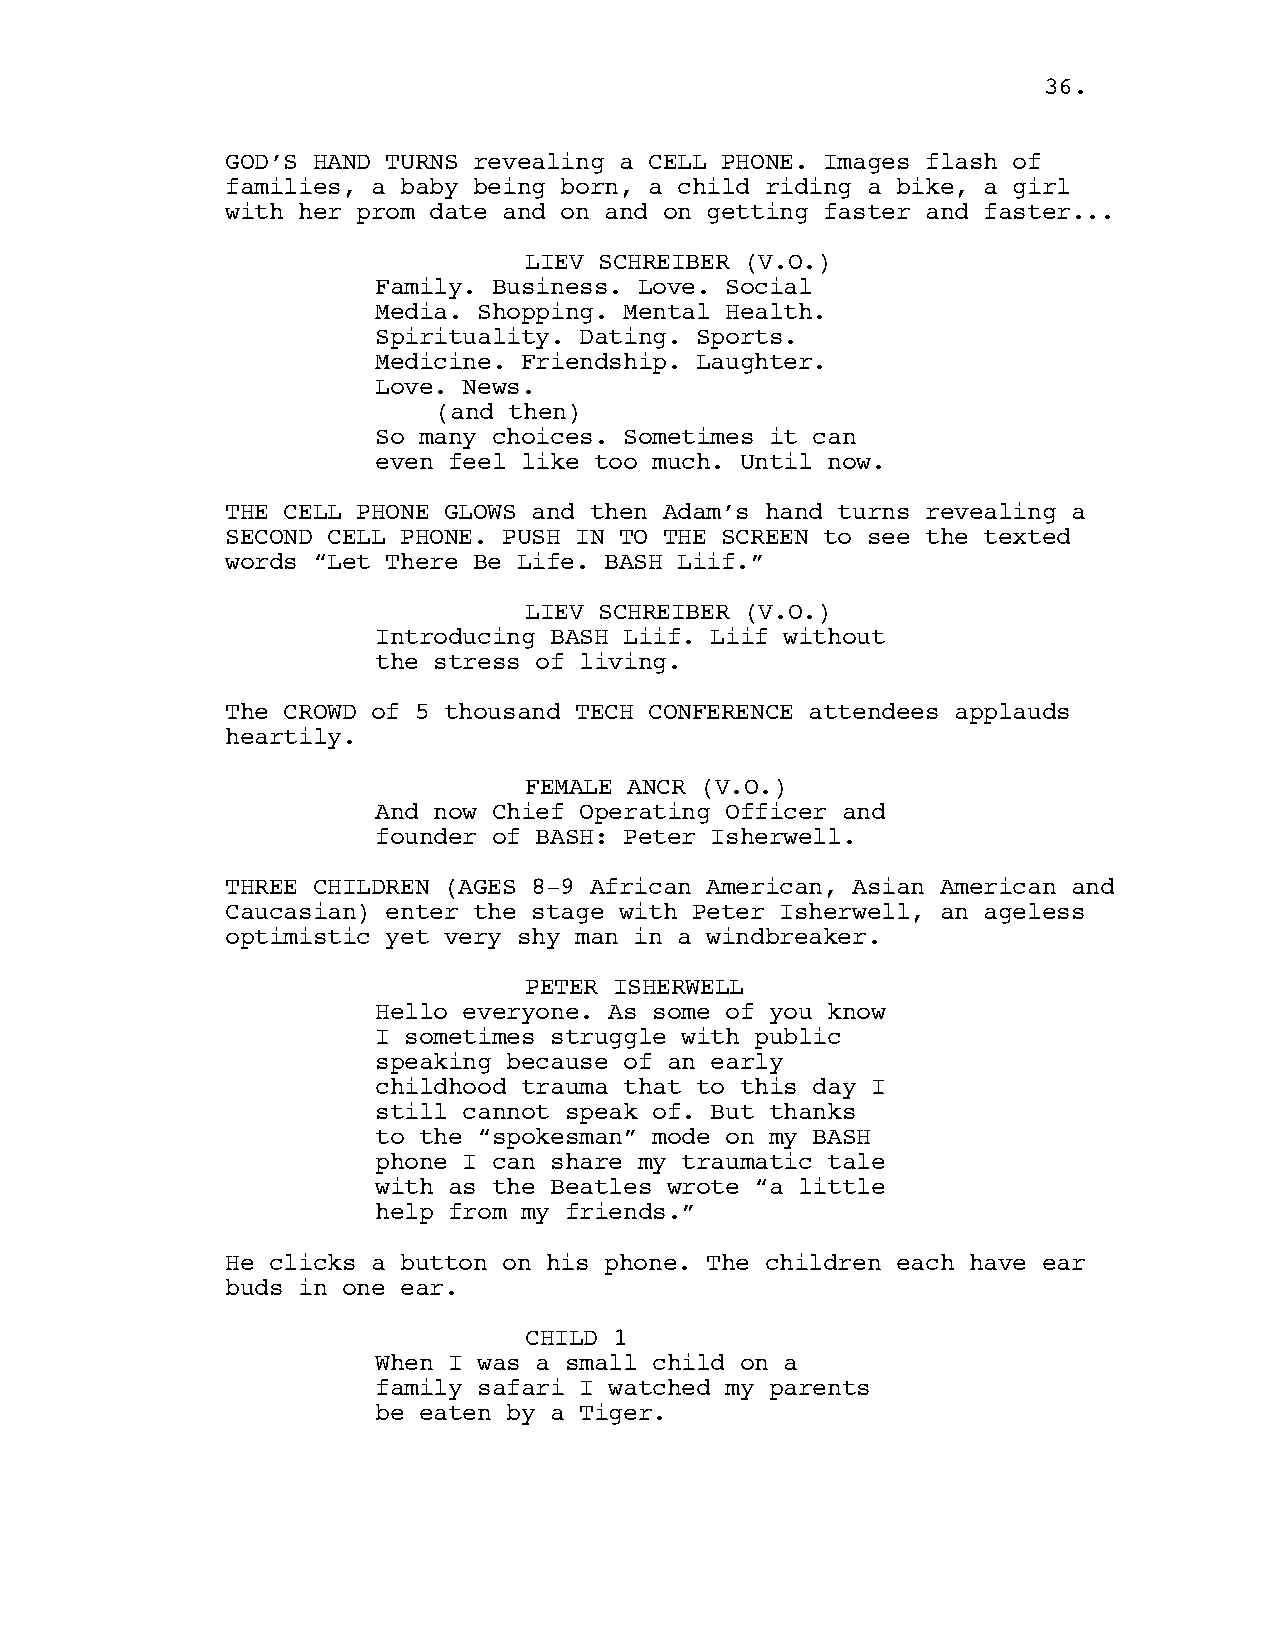
3366..
 GOD’S HAND TURNS revealing a CELL PHONE. Images flash of
 families, a baby being born, a child riding a bike, a girl
 with her prom date and on and on getting faster and faster...
 LIEV SCHREIBER (V.O.)
 Family. Business. Love. Social
 Media. Shopping. Mental Health.
 Spirituality. Dating. Sports.
 Medicine. Friendship. Laughter.
 Love. News.
 (and then)
 So many choices. Sometimes it can
 even feel like too much. Until now.
 THE CELL PHONE GLOWS and then Adam’s hand turns revealing a
 SECOND CELL PHONE. PUSH IN TO THE SCREEN to see the texted
 words “Let There Be Life. BASH Liif.”
 LIEV SCHREIBER (V.O.)
 Introducing BASH Liif. Liif without
 the stress of living.
 The CROWD of 5 thousand TECH CONFERENCE attendees applauds
 heartily.
 FEMALE ANCR (V.O.)
 And now Chief Operating Officer and
 founder of BASH: Peter Isherwell.
 THREE CHILDREN (AGES 8-9 African American, Asian American and
 Caucasian) enter the stage with Peter Isherwell, an ageless
 optimistic yet very shy man in a windbreaker.
 PETER ISHERWELL
 Hello everyone. As some of you know
 I sometimes struggle with public
 speaking because of an early
 childhood trauma that to this day I
 still cannot speak of. But thanks
 to the “spokesman” mode on my BASH
 phone I can share my traumatic tale
 with as the Beatles wrote “a little
 help from my friends.”
 He clicks a button on his phone. The children each have ear
 buds in one ear.
 CHILD 1
 When I was a small child on a
 family safari I watched my parents
 be eaten by a Tiger.